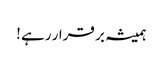
ہمیشہ بر قرار رہے !